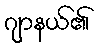
ဂျာနယ်၏